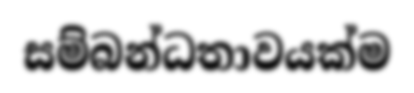
සම්බන්ධතාවයක්ම